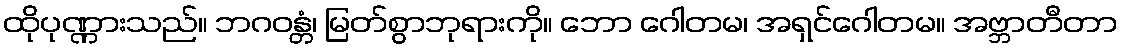
ထိုပုဏ္ဏားသည်။ ဘဂဝန္တံ၊ မြတ်စွာဘုရားကို။ ဘော ဂေါတမ၊ အရှင်ဂေါတမ။ အဗ္ဘာတီတာ